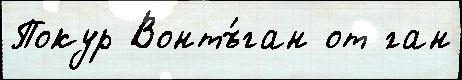
Покур Вонтъ́ган от ́ган